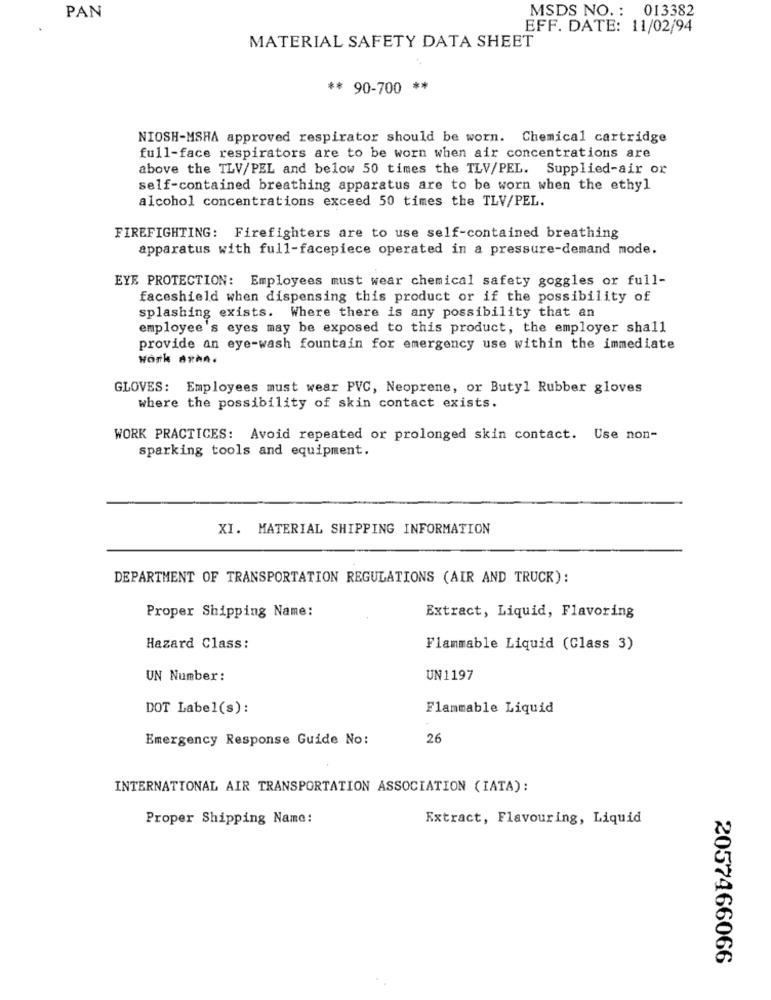
MSDS NO. : 013382
PAN
.
EFF. DATE: 11/02/94
MATERIAL SAFETY DATA SHEET
** 90-700 **
NIOSH-MSHA approved respirator should be worn. Chemical cartridge
full-face respirators are to be worn when air concentrations are
above the TLV/PEL and below 50 times the TLV/PEL. Supplied-air or
self-contained breathing apparatus are to be worn when the ethyl
alcohol concentrations exceed 50 times the TLV/PEL.
FIREFIGHTING: Firefighters are to use self-contained breathing
apparatus with full-facepiece operated in a pressure-demand mode.
EYE PROTECTION: Employees must wear chemical safety goggles or full-
faceshield when dispensing this product or if the possibility of
splashing exists. Where there is any possibility that an
employee's eyes may be exposed to this product, the employer shall
provide an eye-wash fountain for emergency use within the immediate
work ArkA.
GLOVES: Employees must wear PVC, Neoprene, or Butyl Rubber gloves
where the possibility of skin contact exists.
WORK PRACTICES: Avoid repeated or prolonged skin contact. Use non-
sparking tools and equipment.
XI. MATERIAL SHIPPING INFORMATION
DEPARTMENT OF TRANSPORTATION REGULATIONS (AIR AND TRUCK):
Proper Shipping Name:
Extract, Liquid, Flavoring
Hazard Class:
Flammable Liquid (Class 3)
UN Number:
UN1197
DOT Label(s):
Flammable Liquid
Emergency Response Guide No:
26
INTERNATIONAL AIR TRANSPORTATION ASSOCIATION (IATA):
Proper Shipping Name:
Extract, Flavouring, Liquid
2057466066